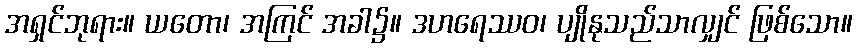
အရှင်ဘုရား။ ယတော၊ အကြင် အခါ၌။ ဒဟရေဿဝ၊ ပျိုနုသည်သာလျှင် ဖြစ်သော။